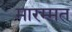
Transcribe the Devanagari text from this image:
मारम्मत